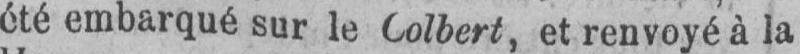
été embarqué sur le Colbert, et renvoyée la